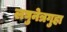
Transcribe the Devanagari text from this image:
लघुनेत्रगुहा